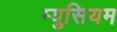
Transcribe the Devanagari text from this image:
म्युसियम